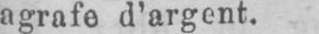
agrafe d’argent.